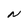
Character: N